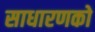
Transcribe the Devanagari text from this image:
साधारणको